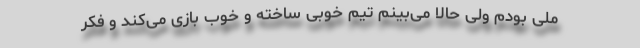
ملی بودم ولی حالا می‌بینم تیم خوبی ساخته و خوب بازی می‌کند و فکر